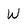
Character: W